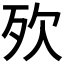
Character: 𣧋